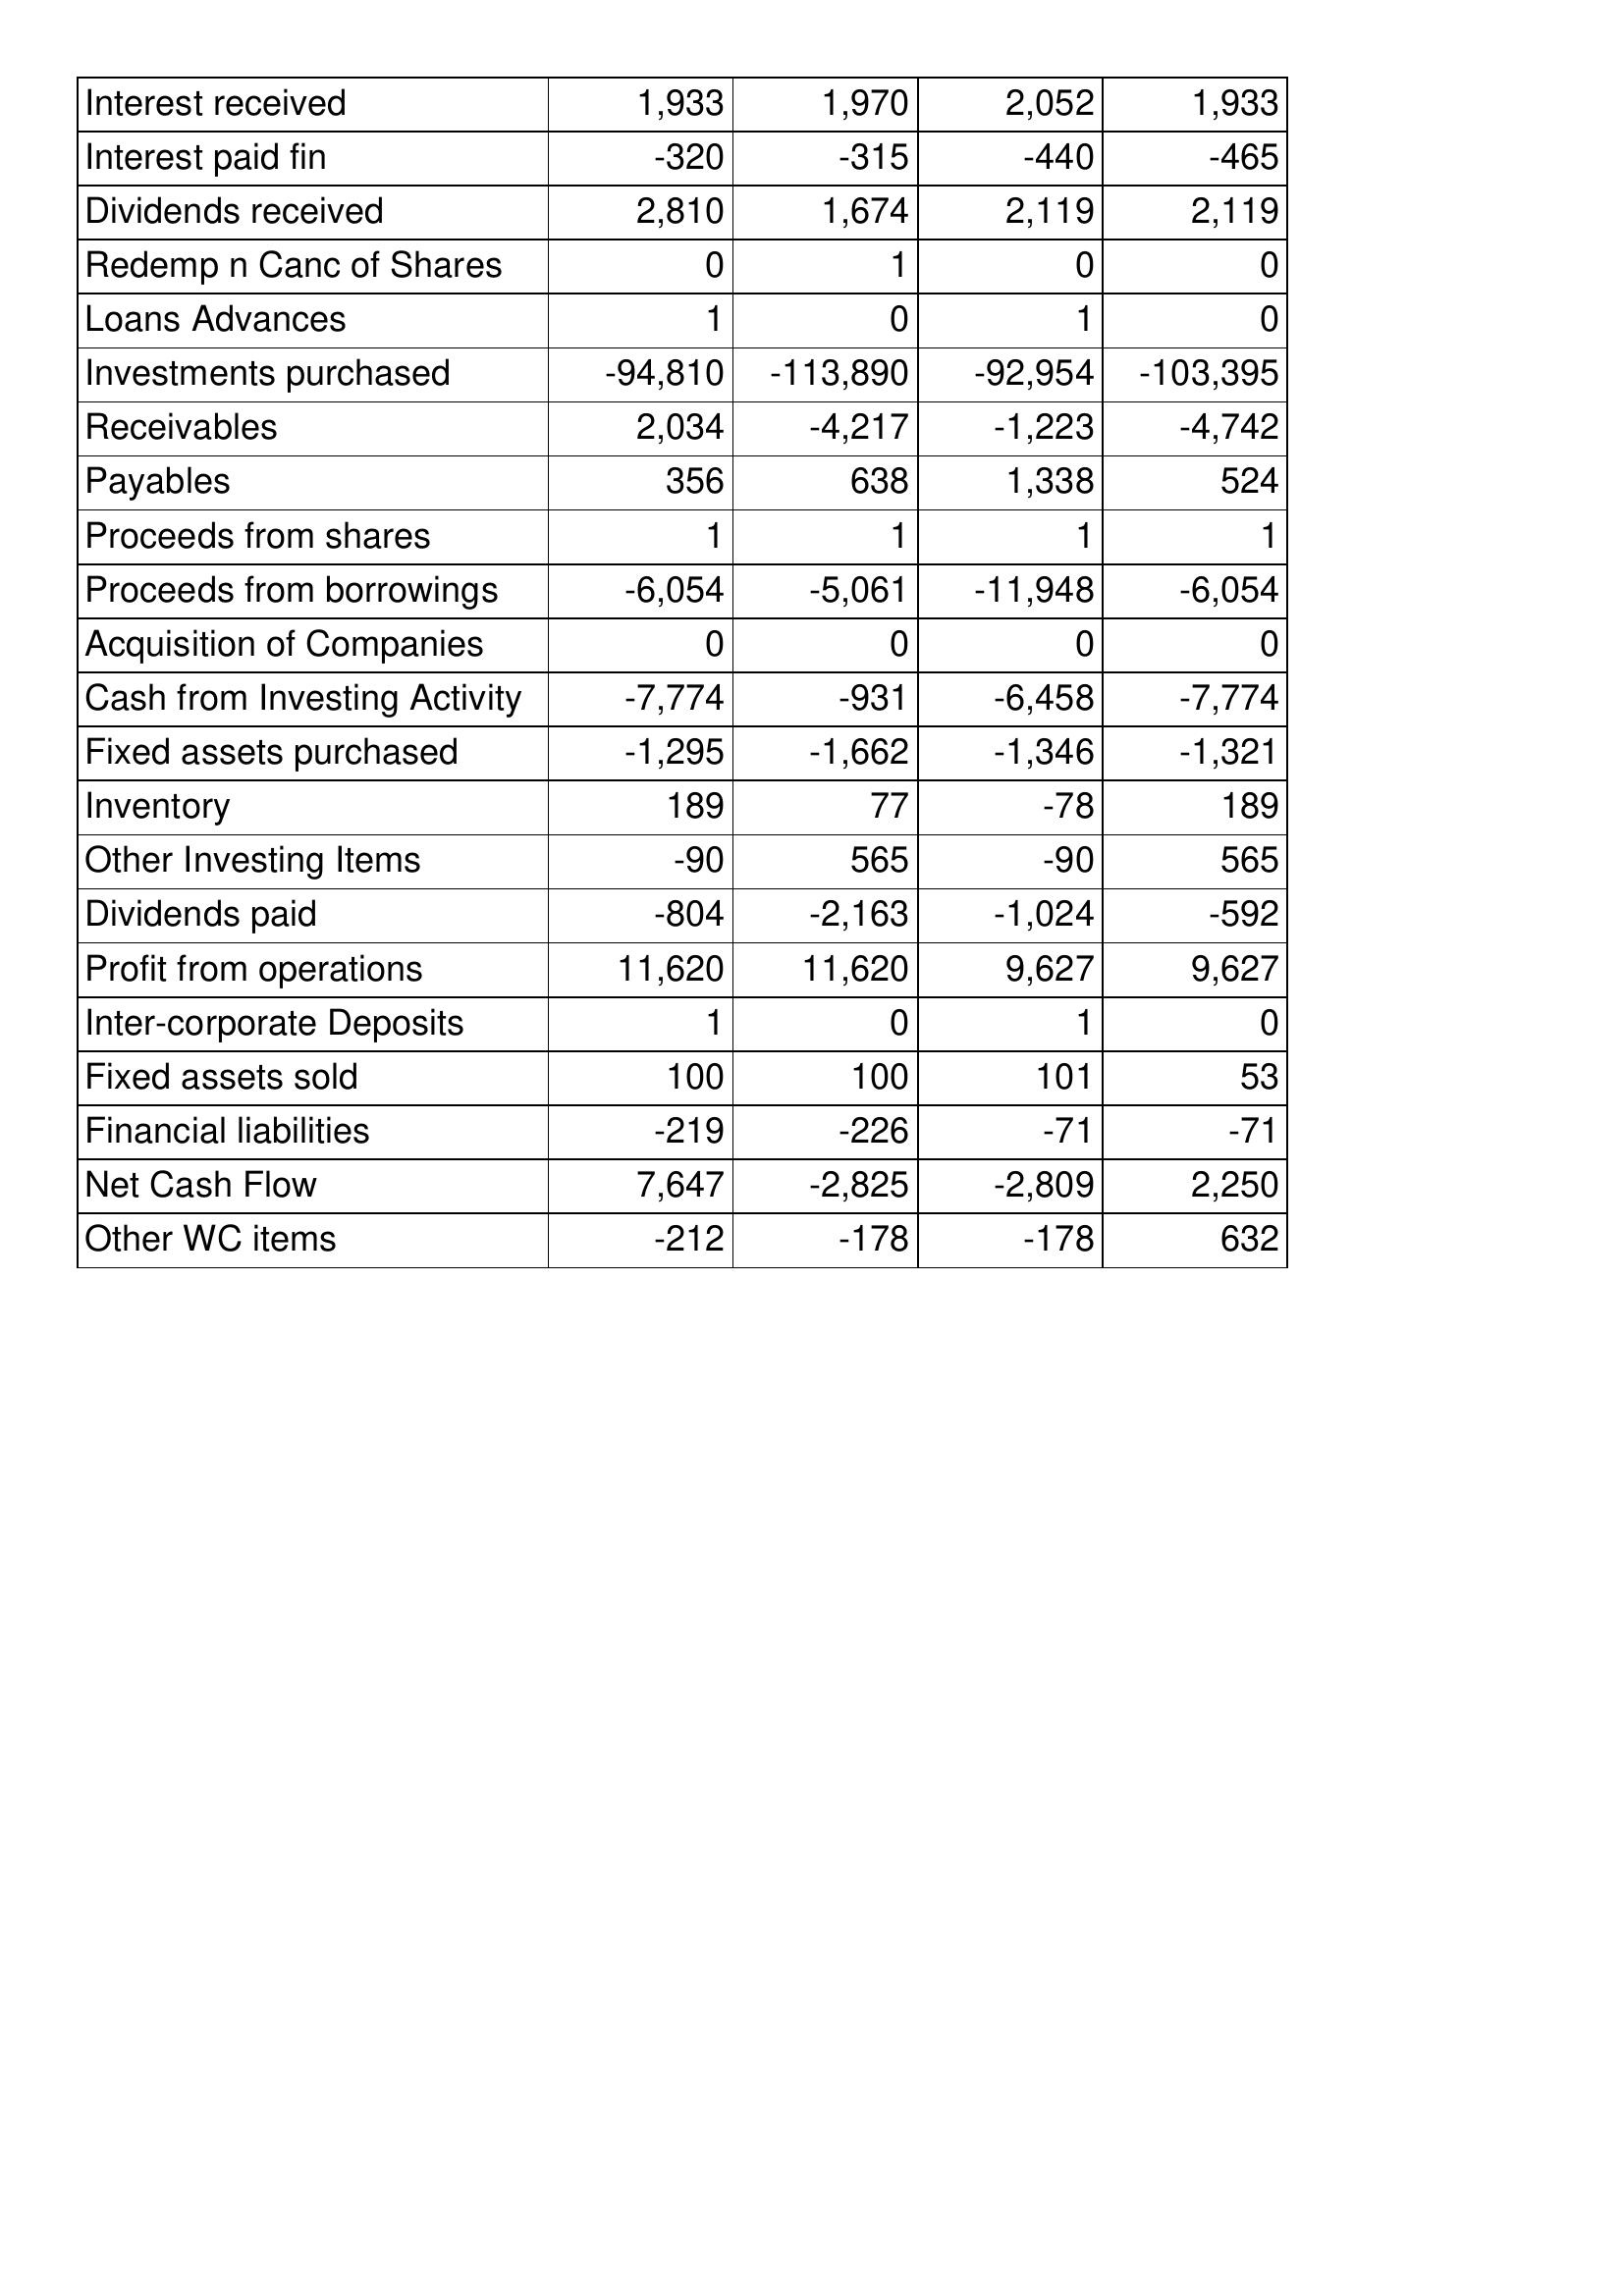
Aug-16: Cash Flows: Interest received: 1,933
Interest paid fin: -320
Dividends received: 2,810
Redemp n Canc of Shares: 0
Loans Advances: 1
Investments purchased: -94,810
Receivables: 2,034
Payables: 356
Proceeds from shares: 1
Proceeds from borrowings: -6,054
Acquisition of Companies: 0
Cash from Investing Activity: -7,774
Fixed assets purchased: -1,295
Inventory: 189
Other Investing Items: -90
Dividends paid: -804
Profit from operations: 11,620
Inter-corporate Deposits: 1
Fixed assets sold: 100
Financial liabilities: -219
Net Cash Flow: 7,647
Other WC items: -212
Aug-15: Cash Flows: Interest received: 1,970
Interest paid fin: -315
Dividends received: 1,674
Redemp n Canc of Shares: 1
Loans Advances: 0
Investments purchased: -113,890
Receivables: -4,217
Payables: 638
Proceeds from shares: 1
Proceeds from borrowings: -5,061
Acquisition of Companies: 0
Cash from Investing Activity: -931
Fixed assets purchased: -1,662
Inventory: 77
Other Investing Items: 565
Dividends paid: -2,163
Profit from operations: 11,620
Inter-corporate Deposits: 0
Fixed assets sold: 100
Financial liabilities: -226
Net Cash Flow: -2,825
Other WC items: -178
Aug-14: Cash Flows: Interest received: 2,052
Interest paid fin: -440
Dividends received: 2,119
Redemp n Canc of Shares: 0
Loans Advances: 1
Investments purchased: -92,954
Receivables: -1,223
Payables: 1,338
Proceeds from shares: 1
Proceeds from borrowings: -11,948
Acquisition of Companies: 0
Cash from Investing Activity: -6,458
Fixed assets purchased: -1,346
Inventory: -78
Other Investing Items: -90
Dividends paid: -1,024
Profit from operations: 9,627
Inter-corporate Deposits: 1
Fixed assets sold: 101
Financial liabilities: -71
Net Cash Flow: -2,809
Other WC items: -178
Aug-13: Cash Flows: Interest received: 1,933
Interest paid fin: -465
Dividends received: 2,119
Redemp n Canc of Shares: 0
Loans Advances: 0
Investments purchased: -103,395
Receivables: -4,742
Payables: 524
Proceeds from shares: 1
Proceeds from borrowings: -6,054
Acquisition of Companies: 0
Cash from Investing Activity: -7,774
Fixed assets purchased: -1,321
Inventory: 189
Other Investing Items: 565
Dividends paid: -592
Profit from operations: 9,627
Inter-corporate Deposits: 0
Fixed assets sold: 53
Financial liabilities: -71
Net Cash Flow: 2,250
Other WC items: 632